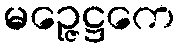
မဉ္ဇေဋ္ဌကေ